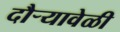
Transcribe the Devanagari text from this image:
दौर्‍यावेळी